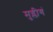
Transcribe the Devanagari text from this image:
मुग्लीगं